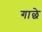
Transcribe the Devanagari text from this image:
गाछे